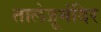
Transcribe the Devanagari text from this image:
तालेजूमंदिर